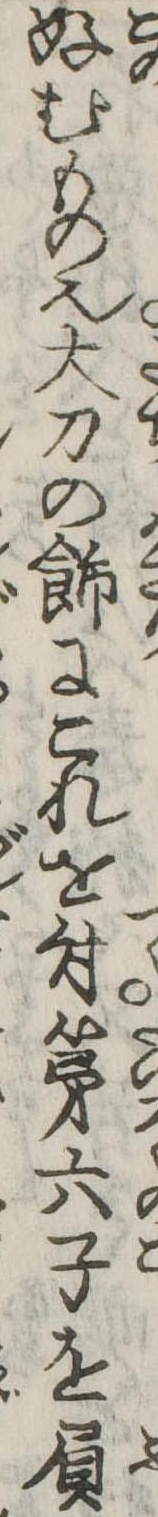
好むもの也大刀の飾にこれを付第六子を負